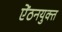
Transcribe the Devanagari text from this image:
ऐंठनयुक्त